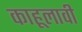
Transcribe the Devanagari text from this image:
काहूलावी